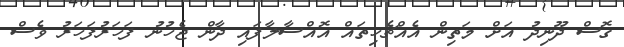
ގޮސް ދޫނިދު އަށް މަތިން އެއްޗެހިތައް އޮއްސާލާފައި ދާން ޖެހުނު ފަހަރުފަހަރު ވެސް